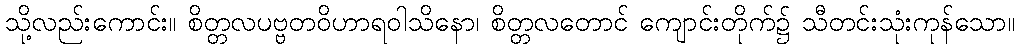
သို့လည်းကောင်း။ စိတ္တလပဗ္ဗတဝိဟာရဝါသိနော၊ စိတ္တလတောင် ကျောင်းတိုက်၌ သီတင်းသုံးကုန်သော။